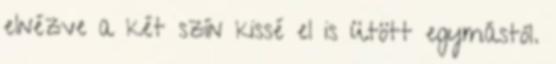
elnézve a két szín kissé el is ütött egymástól.